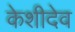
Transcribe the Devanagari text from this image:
केशीदेव